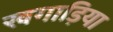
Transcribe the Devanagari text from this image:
खगाड़िया